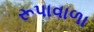
રૂપાવાળા